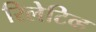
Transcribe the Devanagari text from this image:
रिलेटिव्ह